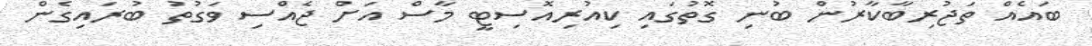
ބައެއް ތަޖުރިބާކާރުން ބުނި ގޮތުގައި ކިއުރިއޮސިޓީ މާސް އަށް ޖެއްސި ވަގުތު ބުރައިގެން